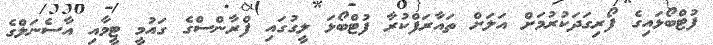
ފުޓްބޯޅައިގެ ފޯރިގަދަކުރުމަށް އަލަށް ތައާރަފްކުރާ ފުޓްބޯޅަ ލީގުގައި ފްރާންސްގެ ގައުމީ ޓީމާއި އާސެނަލްގެ